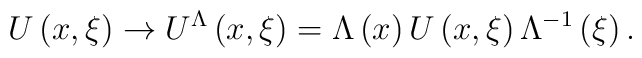
U\left( {x,\xi } \right) \to U^\Lambda  \left( {x,\xi } \right) =\Lambda \left( x \right)U\left( {x,\xi } \right)\Lambda ^{ - 1}\left( \xi  \right) .